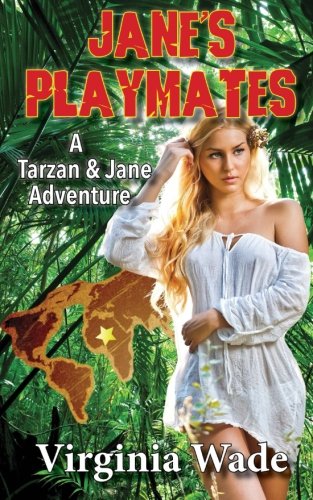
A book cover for Jane's Playmates: A Tarzan and Jane Erotic Adventure; Virginia Wade; Romance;